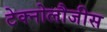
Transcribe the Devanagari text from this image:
टेक्नोलौजीस